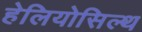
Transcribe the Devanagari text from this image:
हेलियोसिल्थ